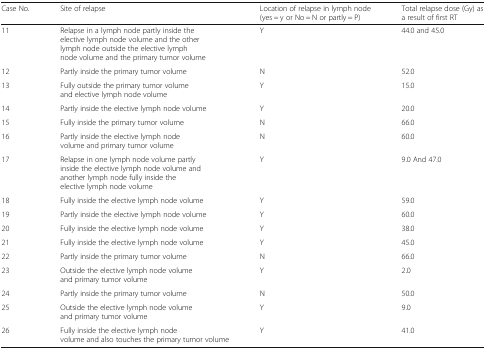
| Case No. | Site of relapse | Location of relapse in lymph node (yes = y or No = N or partly = P) | Total relapse dose (Gy) as a result of first RT |
 | --- | --- | --- | --- |
 | 11 | Relapse in a lymph node partly inside the elective lymph node volume and the other lymph node outside the elective lymph node volume and the primary tumor volume | Y | 44.0 and 45.0 |
 | 12 | Partly inside the primary tumor volume | N | 52.0 |
 | 13 | Fully outside the primary tumor volume and elective lymph node volume | Y | 15.0 |
 | 14 | Partly inside the elective lymph node volume | Y | 20.0 |
 | 15 | Fully inside the primary tumor volume | N | 66.0 |
 | 16 | Partly inside the elective lymph node volume and primary tumor volume | N | 60.0 |
 | 17 | Relapse in one lymph node volume partly inside the elective lymph node volume and another lymph node fully inside the elective lymph node volume | Y | 9.0 And 47.0 |
 | 18 | Fully inside the elective lymph node volume | Y | 59.0 |
 | 19 | Partly inside the elective lymph node volume | Y | 60.0 |
 | 20 | Fully inside the elective lymph node volume | Y | 38.0 |
 | 21 | Fully inside the elective lymph node volume | Y | 45.0 |
 | 22 | Partly inside the primary tumor volume | N | 66.0 |
 | 23 | Outside the elective lymph node volume and primary tumor volume | Y | 2.0 |
 | 24 | Partly inside the primary tumor volume | N | 50.0 |
 | 25 | Outside the elective lymph node volume and primary tumor volume | Y | 9.0 |
 | 26 | Fully inside the elective lymph node volume and also touches the primary tumor volume | Y | 41.0 |